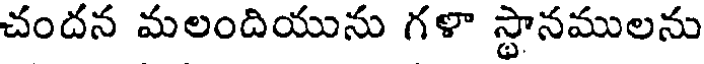
చందన మలందియును గళా స్థానములను